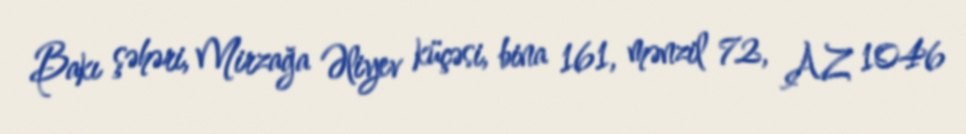
Bakı şəhəri, Mirzağa Əliyev küçəsi, bina 161, mənzil 72, AZ 1046